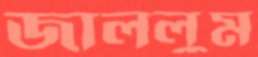
জাললুম